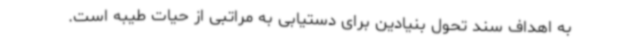
به اهداف سند تحول بنیادین برای دستیابی به مراتبی از حیات طیبه است.